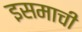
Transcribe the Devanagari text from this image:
इसमाची